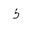
Letter: _thal